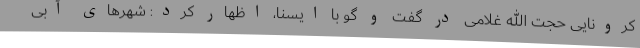
کرونایی حجت الله غلامی در گفت و گو با ایسنا، اظهار کرد: شهرهای آبی